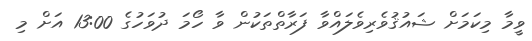
ވީމާ މިކަމަށް ޝައުޤުވެރިވެލައްވާ ފަރާތްތަކުން ވާ ހޯމަ ދުވަހުގެ 13:00 އަށް މި